NAE_EAOK_eestikeelsed_sunnimeetrikad, lk 27
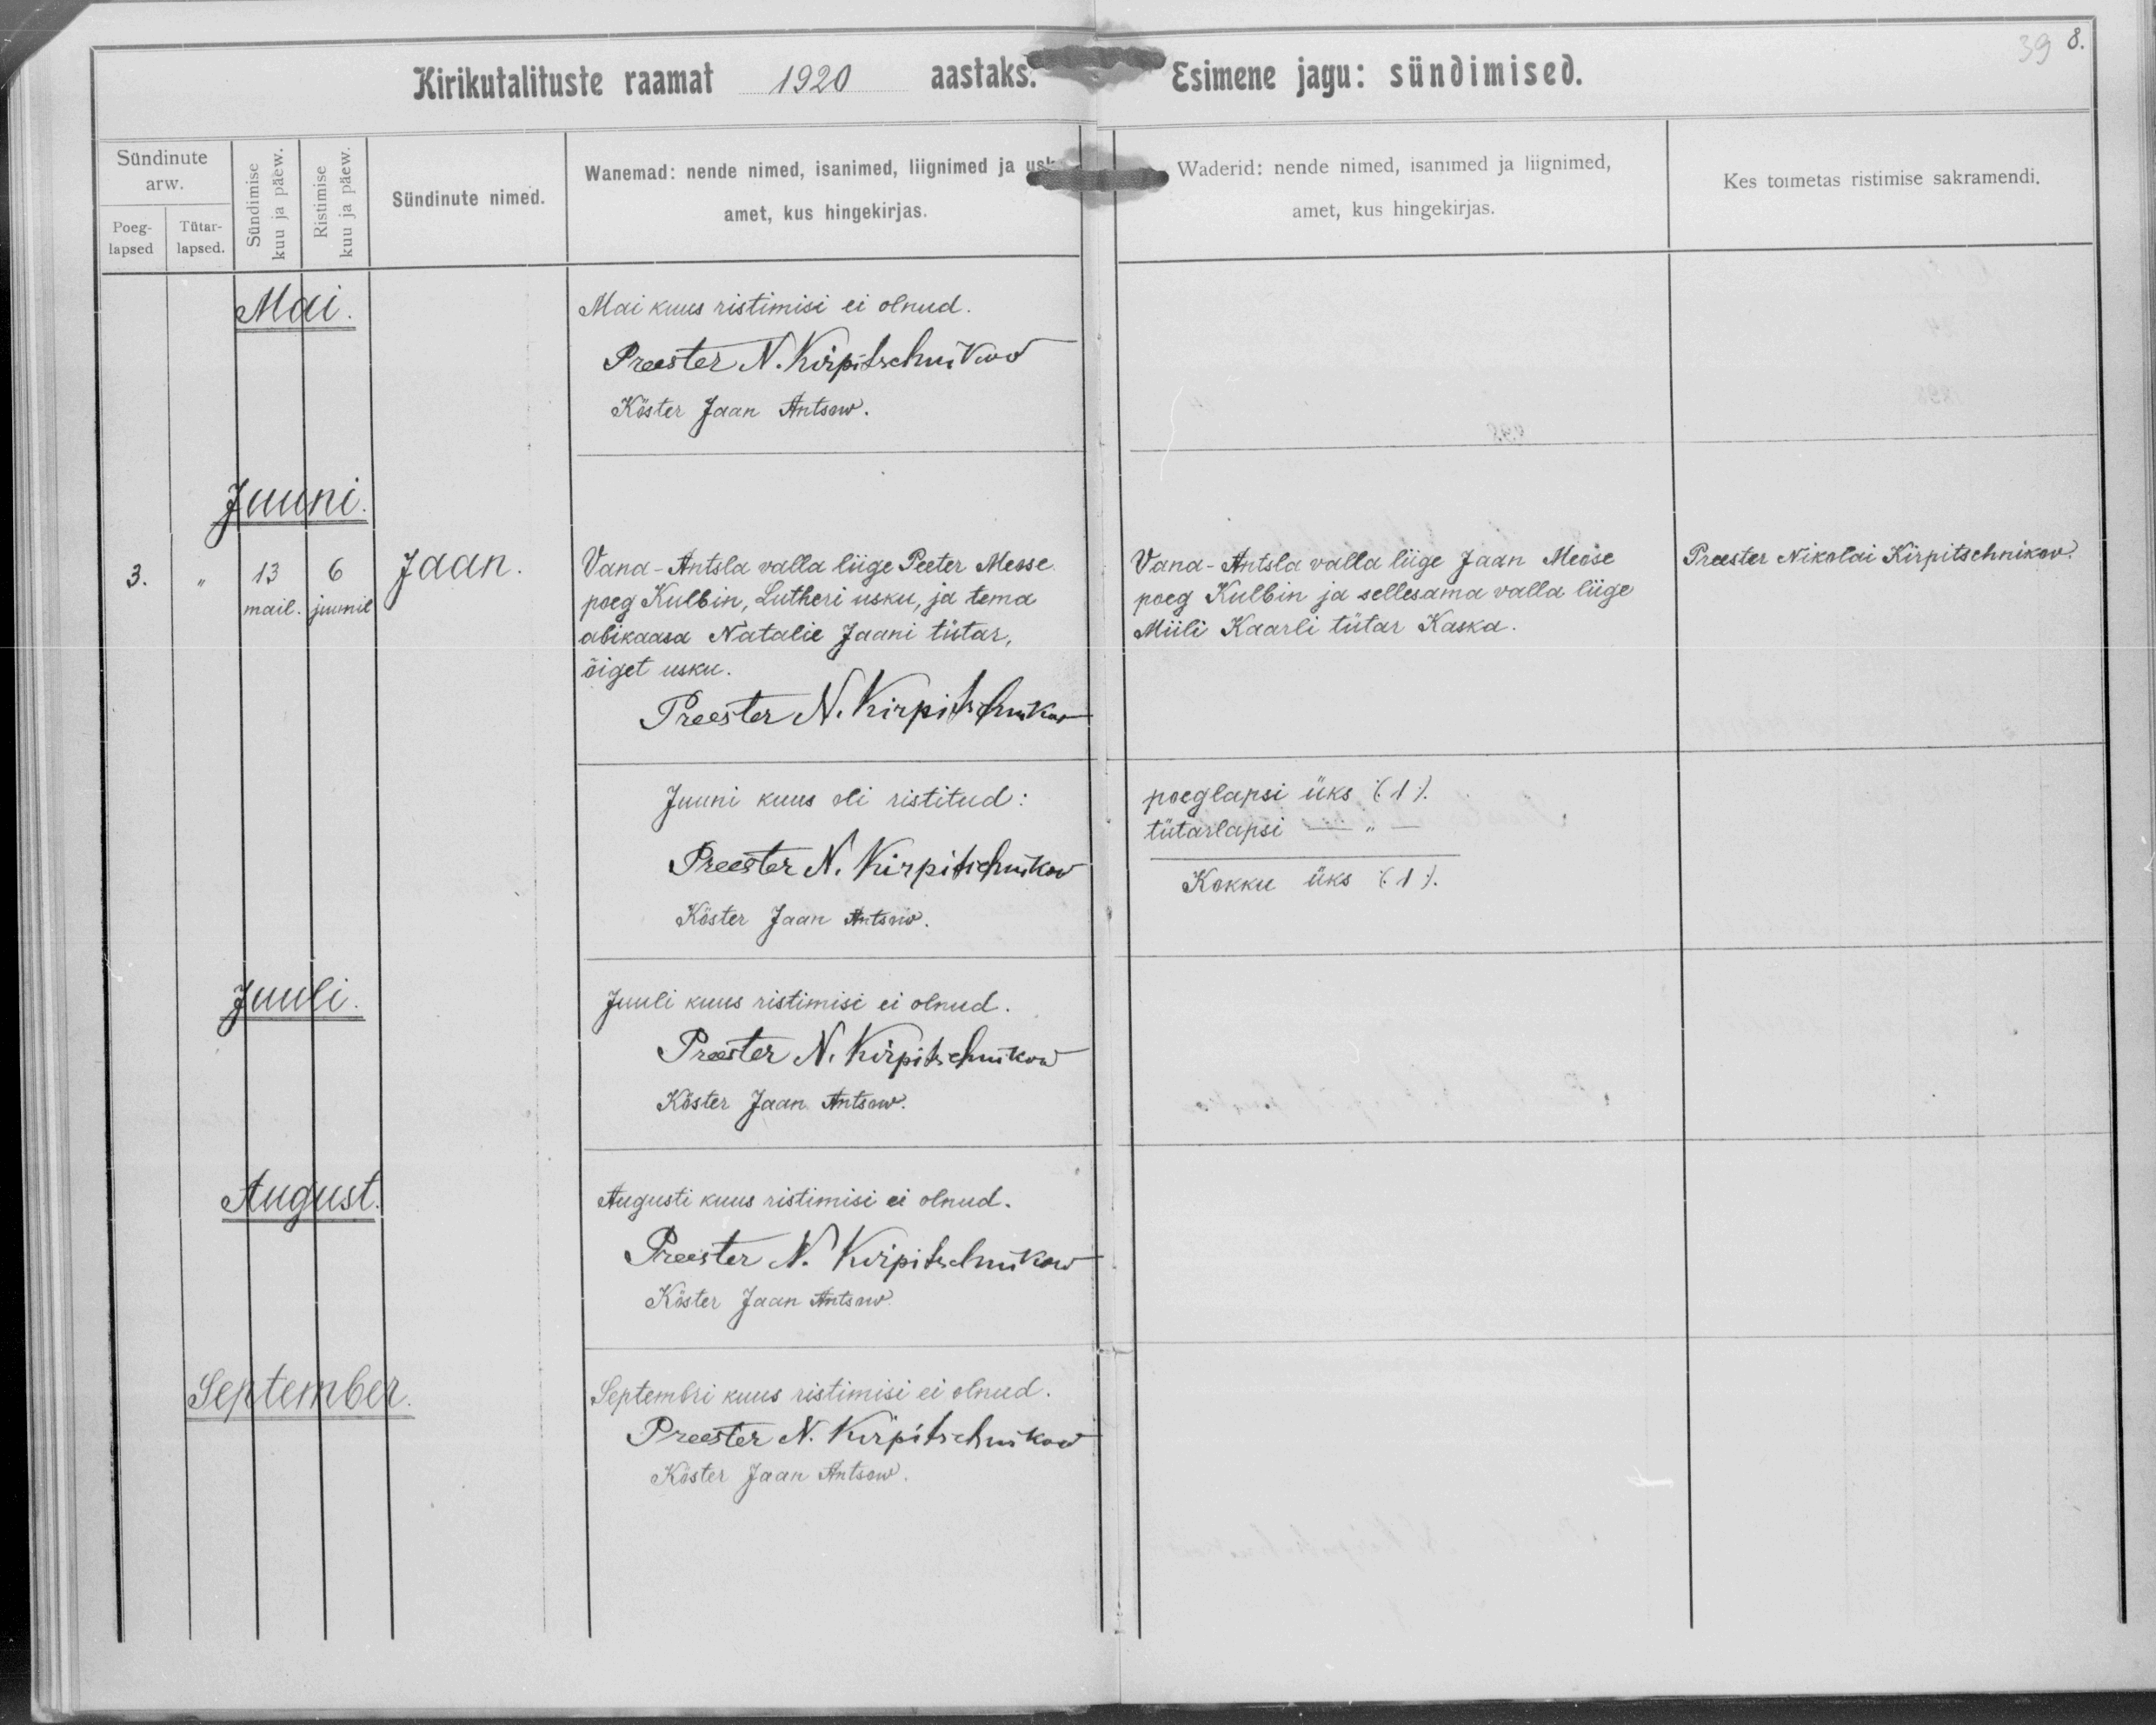
Jaan

Vana-Antsla valla liige Peeter Meose
poeg Kulbin, Lutheri usku ja tema
abikaasa Natalie Jaani tütar,
õiget usku.